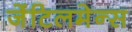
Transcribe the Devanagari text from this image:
जेंटिलमेन्स